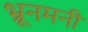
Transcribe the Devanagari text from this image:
भ्रूनमनी